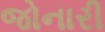
જોનારી